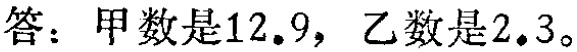
答：甲数是\(12.9\)，乙数是\(2.3\)。